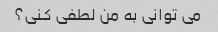
می توانی به من لطفی کنی؟